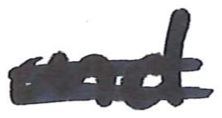
Text: and
Cross-out: double-line
Writing tool: marker